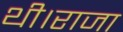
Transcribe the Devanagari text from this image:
थी।राजा